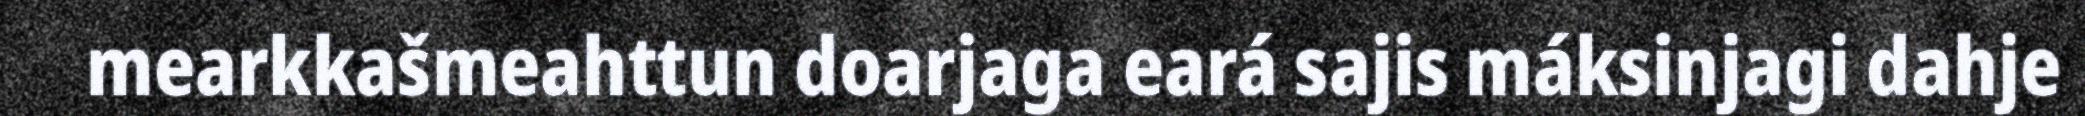
mearkkašmeahttun doarjaga eará sajis máksinjagi dahje